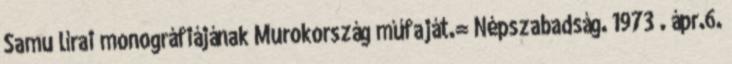
Samu lírai monográfiájának Murokország műfaját.= Népszabadság. 1973 . ápr.6.